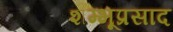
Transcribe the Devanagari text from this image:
शम्भूप्रसाद